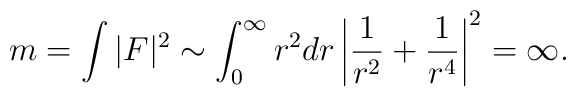
m=\int |F|^2 \sim \int_0^{\infty} r^2dr\left| \frac{1}{r^2}+\frac{1}{r^4}     \right|^2=\infty.